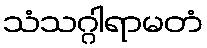
သံသဂ္ဂါရာမတံ